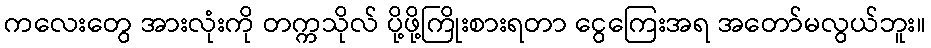
ကလေးတွေ အားလုံးကို တက္ကသိုလ် ပို့ဖို့ကြိုးစားရတာ ငွေကြေးအရ အတော်မလွယ်ဘူး။